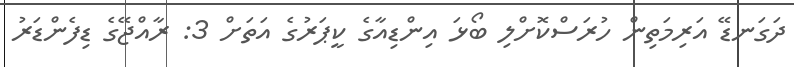
ދަގަނޑޭ އަރިމަތިން ހުރަސްކޮށްލި ބޯޅަ އިންޑިއާގެ ކީޕަރުގެ އަތަށް 3: ރާއްޖޭގެ ޑިފެންޑަރު